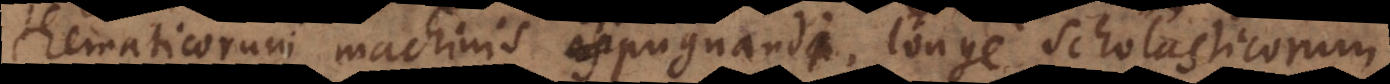
Mathematicorum machinis expugnandi, longe Scholasticorum